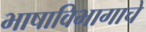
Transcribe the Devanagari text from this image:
भाषाविभागाचे